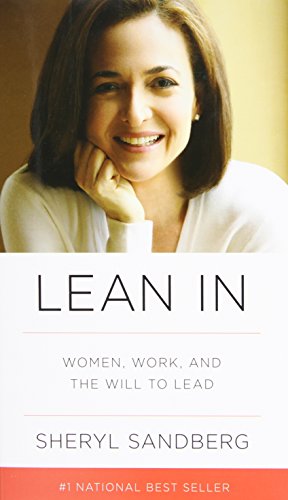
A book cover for Lean In: Women, Work, and the Will to Lead; Sheryl Sandberg; Self-Help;